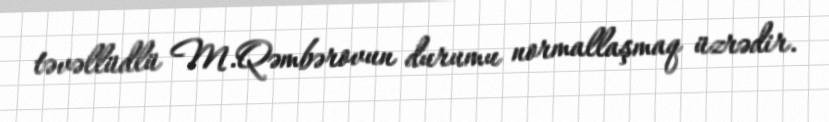
təvəllüdlü M.Qəmbərovun durumu normallaşmaq üzrədir.